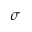
\sigma